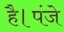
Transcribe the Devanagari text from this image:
है।पंजे